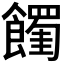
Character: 𩟉